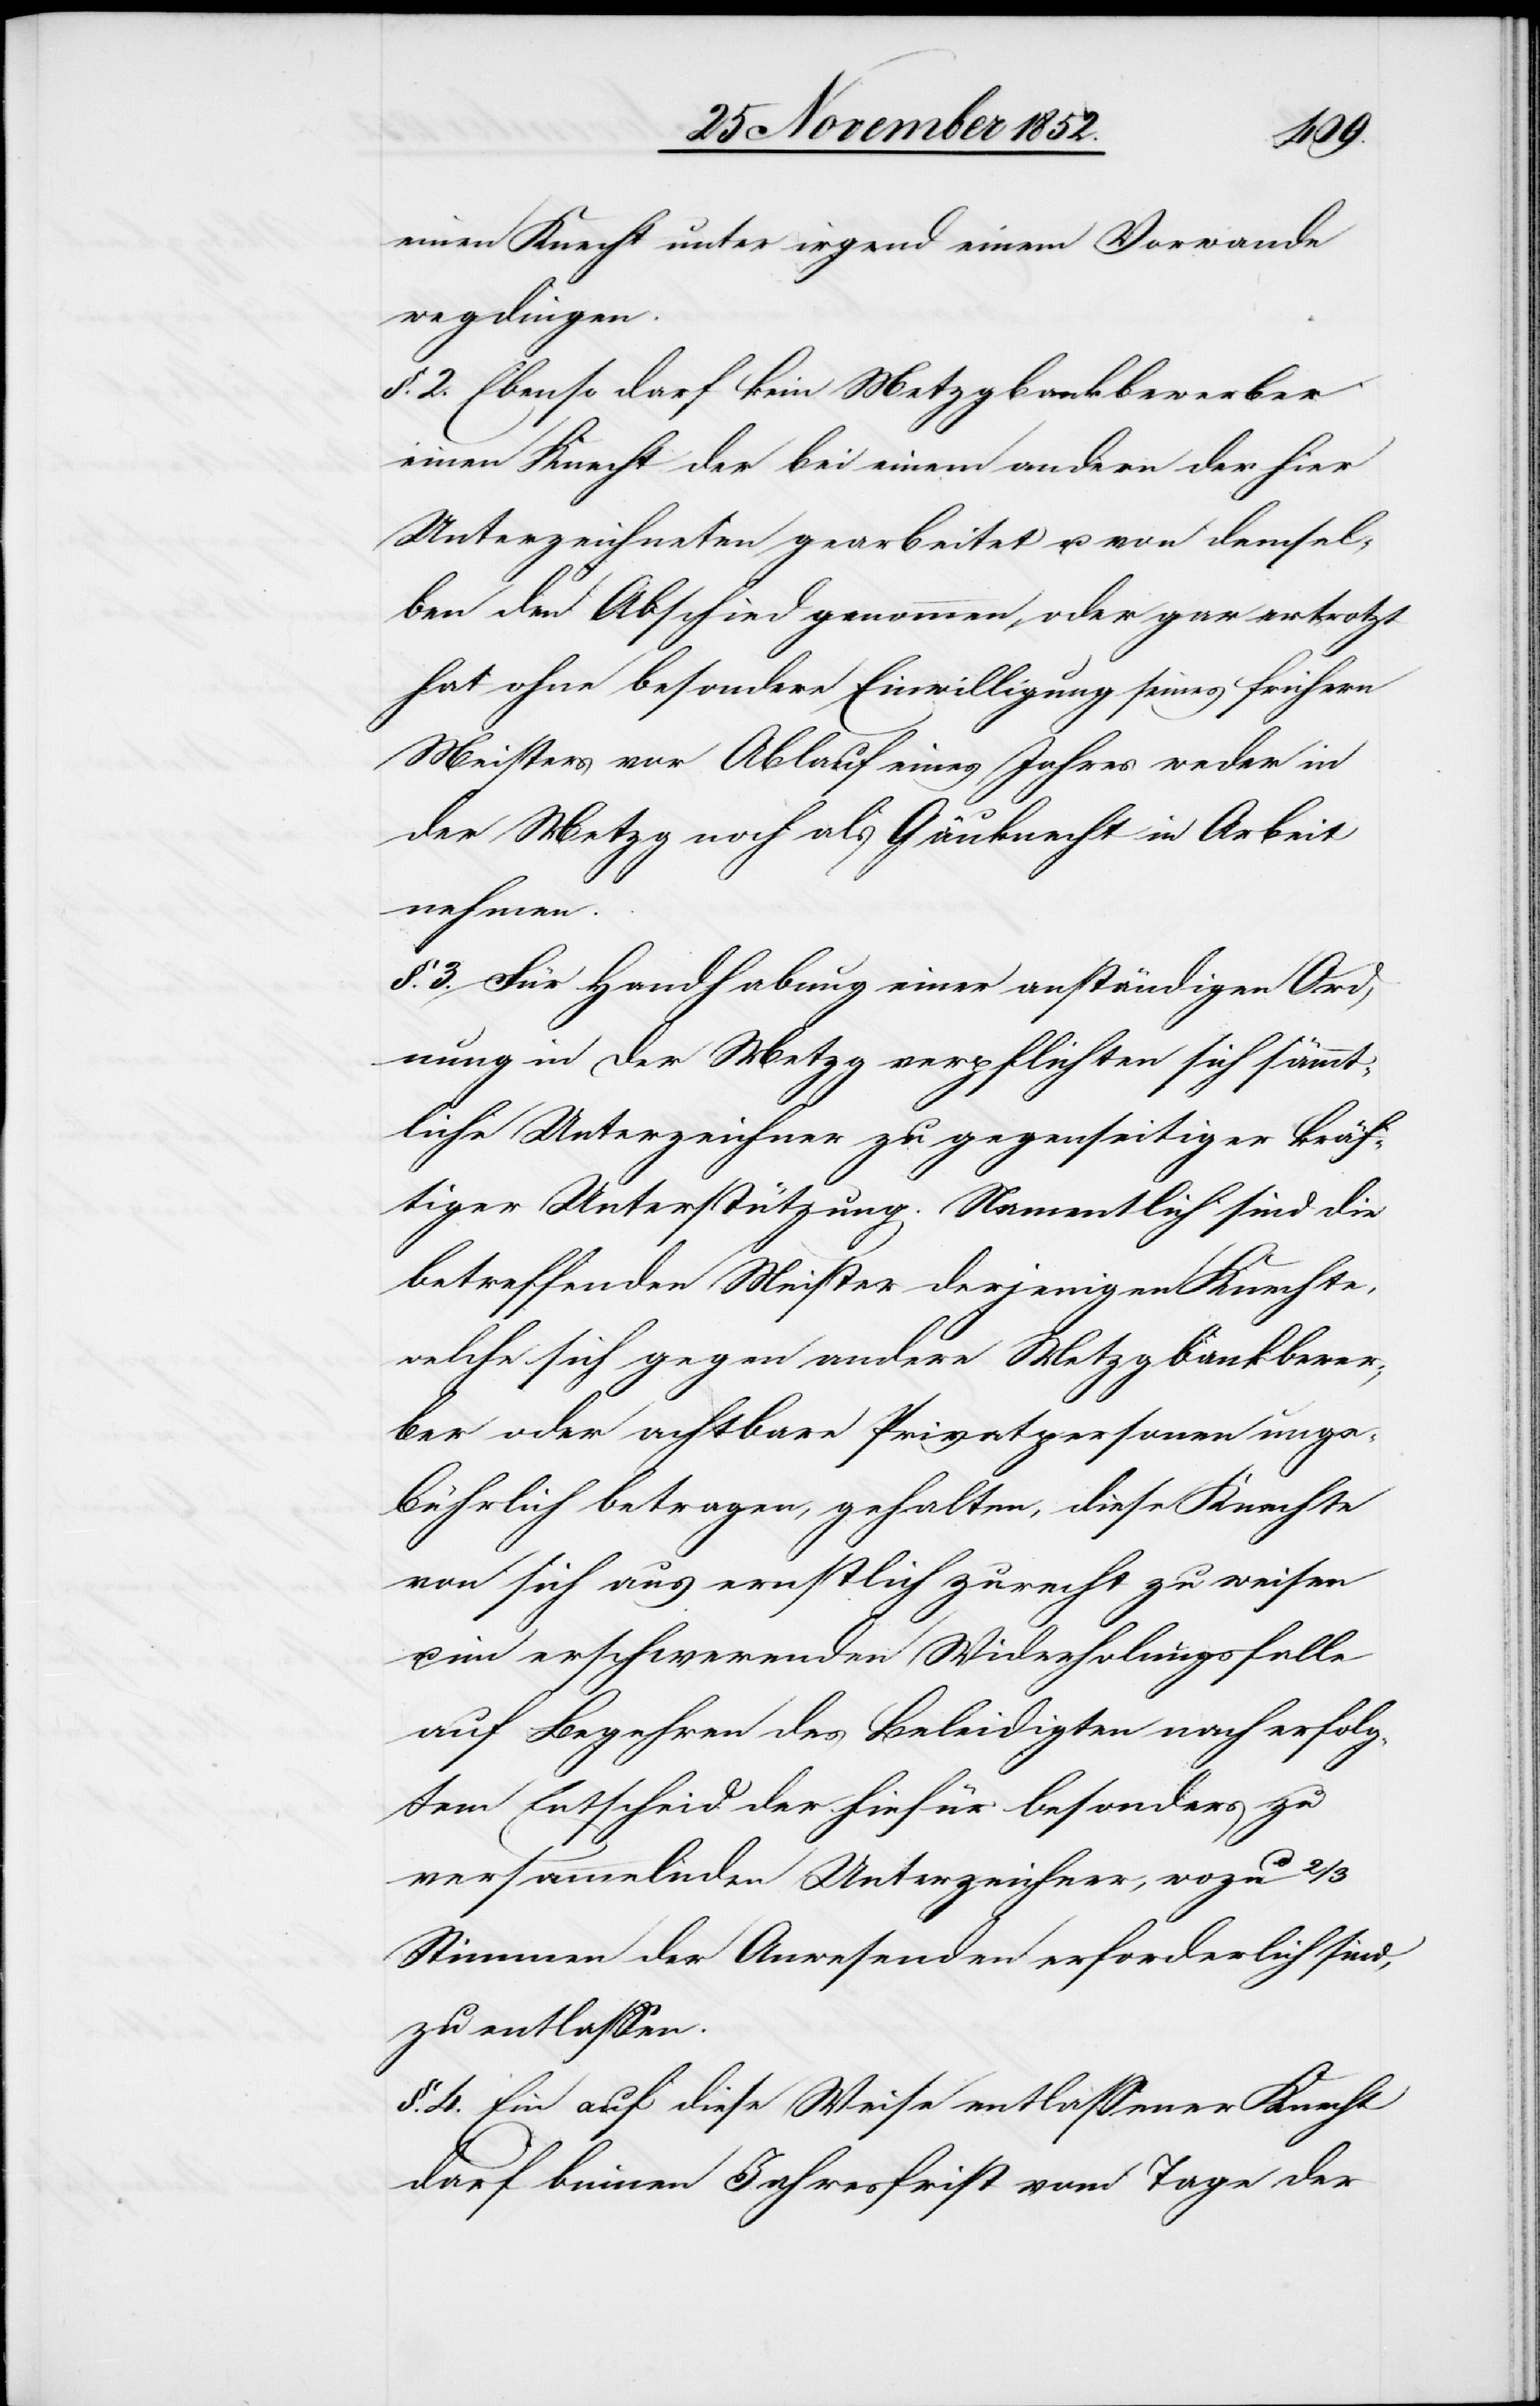
einen Knecht unter irgend einem Vorwande
wegdingen.
§. 2. Ebenso darf kein Metzgbankbewerber
einen Knecht der bei einem andern der hier
Unterzeichneten gearbeitet u. von demsel¬
ben den Abschied genommen, oder gar ertrotzt
hat ohne besondere Einwilligung seines frühern
Meisters vor Ablauf eines Jahres weder in
der Metzg noch als Gäuknecht in Arbeit
nehmen.
§. 3. Für Handhabung einer anständigen Ord¬
nung in der Metzg verpflichten sich sämmt¬
liche Unterzeichner zu gegenseitiger kräf¬
tiger Unterstützung. Namentlich sind die
betreffenden Meister derjenigen Knechte,
welche sich gegen andere Metzgbankbewer¬
ber oder achtbare Privatpersonen unge¬
bührlich betragen, gehalten, diese Knechte
von sich aus ernstlich zurecht zu weisen
im erschwerenden Wi[e]derholungsfalle
auf Begehren des Beleidigten nach erfolg¬
tem Entscheid der hiefür besonders zu
versammelnden Unterzeichner, wozu 2/3
Stimmen der Anwesenden erforderlich sind,
zu entlassen.
§. 4. Ein auf diese Weise entlassener Knecht
darf binnen Jahresfrist vom Tage der